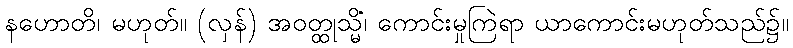
နဟောတိ၊ မဟုတ်။ (လှန်) အဝတ္ထုသ္မိံ၊ ကောင်းမှုကြဲရာ ယာကောင်းမဟုတ်သည်၌။